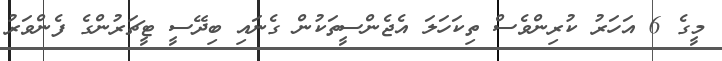
މީގެ 6 އަހަރު ކުރިންވެސް ތިކަހަލަ އެޖެންސީތަކުން ގެނައި ބިދޭސީ ޓީޗަރުންގެ ފެންވަރު